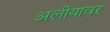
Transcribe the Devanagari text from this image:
अलीयावर